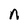
Character: n